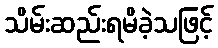
သိမ်းဆည်းရမိခဲ့သဖြင့်